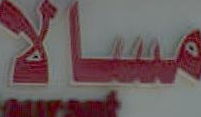
مسالا